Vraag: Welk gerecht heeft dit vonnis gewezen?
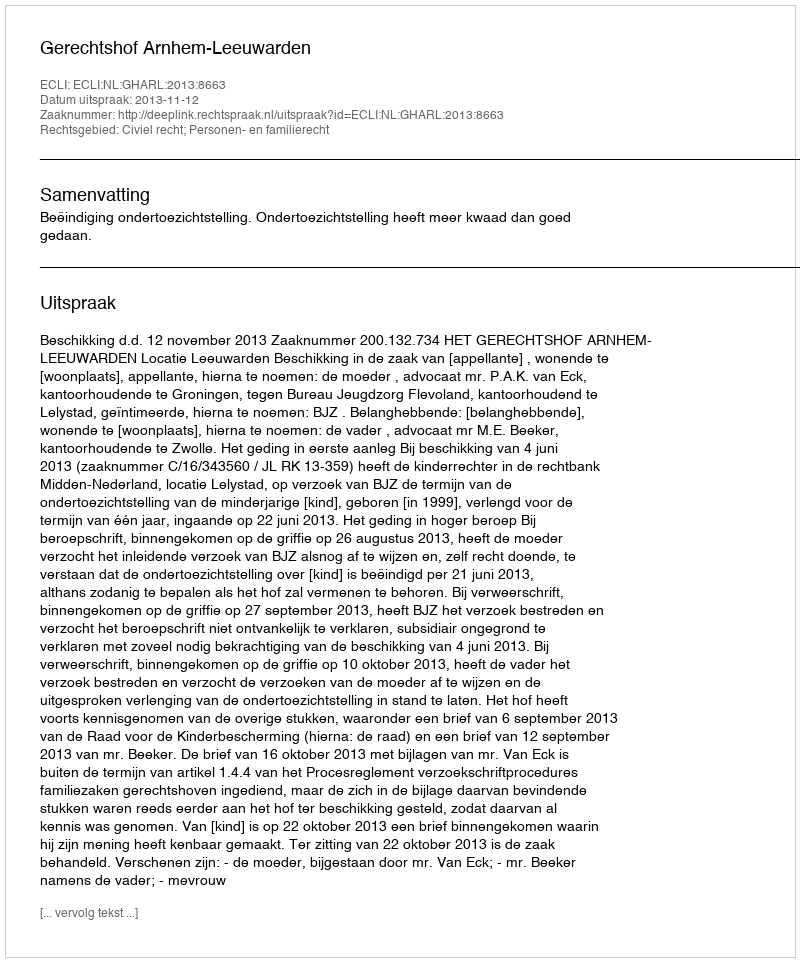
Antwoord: Gerechtshof Arnhem-Leeuwarden